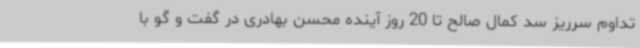
تداوم سرریز سد کمال صالح تا 20 روز آینده محسن بهادری در گفت و گو با